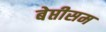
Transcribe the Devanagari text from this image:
बेप्तीसम